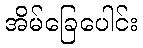
အိမ်ခြေပေါင်း